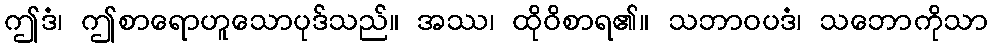
ဤဒံ၊ ဤစာရောဟူသောပုဒ်သည်။ အဿ၊ ထိုဝိစာရ၏။ သဘာဝပဒံ၊ သဘောကိုသာ